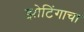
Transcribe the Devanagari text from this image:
झोटिंगाचा